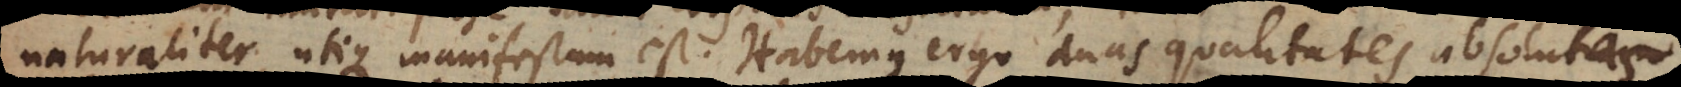
naturaliter utique manifestum est. Habemus ergo duas qualitates absolu